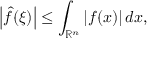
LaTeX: \left\vert { \hat { f } } ( \xi ) \right\vert \leq \int _ { \mathbb { R } ^ { n } } \vert f ( x ) \vert \, d x ,